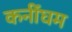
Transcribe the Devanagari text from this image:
कनींघम